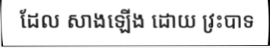
ដែល សាងឡើង ដោយ វ្រះបាទ